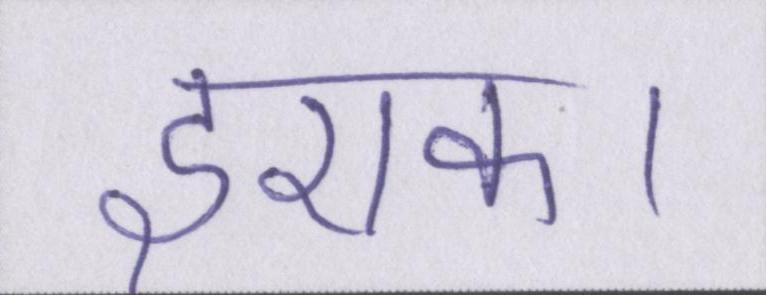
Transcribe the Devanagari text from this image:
इराक।